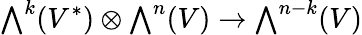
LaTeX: {\textstyle\bigwedge}^{k}(V^{*})\otimes{\textstyle\bigwedge}^{n}(V)\to{\textstyle\bigwedge}^{n-k}(V)